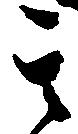
其